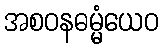
အစဝနဓမ္မံယေဝ